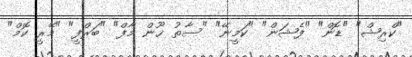
"ކްރިޝް" "ޑޮން" "ފެޝަން" "ކަމީނޭ" "ސާތު ޚޫން މާފް" "ބަރްފީ" "މޭރީ ކޮމް"